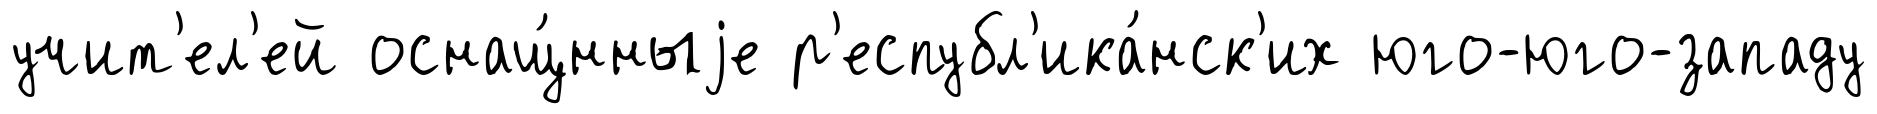
учит'ел'ей оснащ́нныjе р'еспубл'ика́нск'их юго-юго-западу